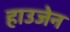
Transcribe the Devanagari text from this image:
हाउजेन